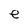
Character: e